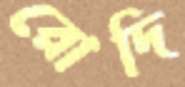
রোদি